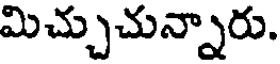
మిచ్చుచున్నారు.